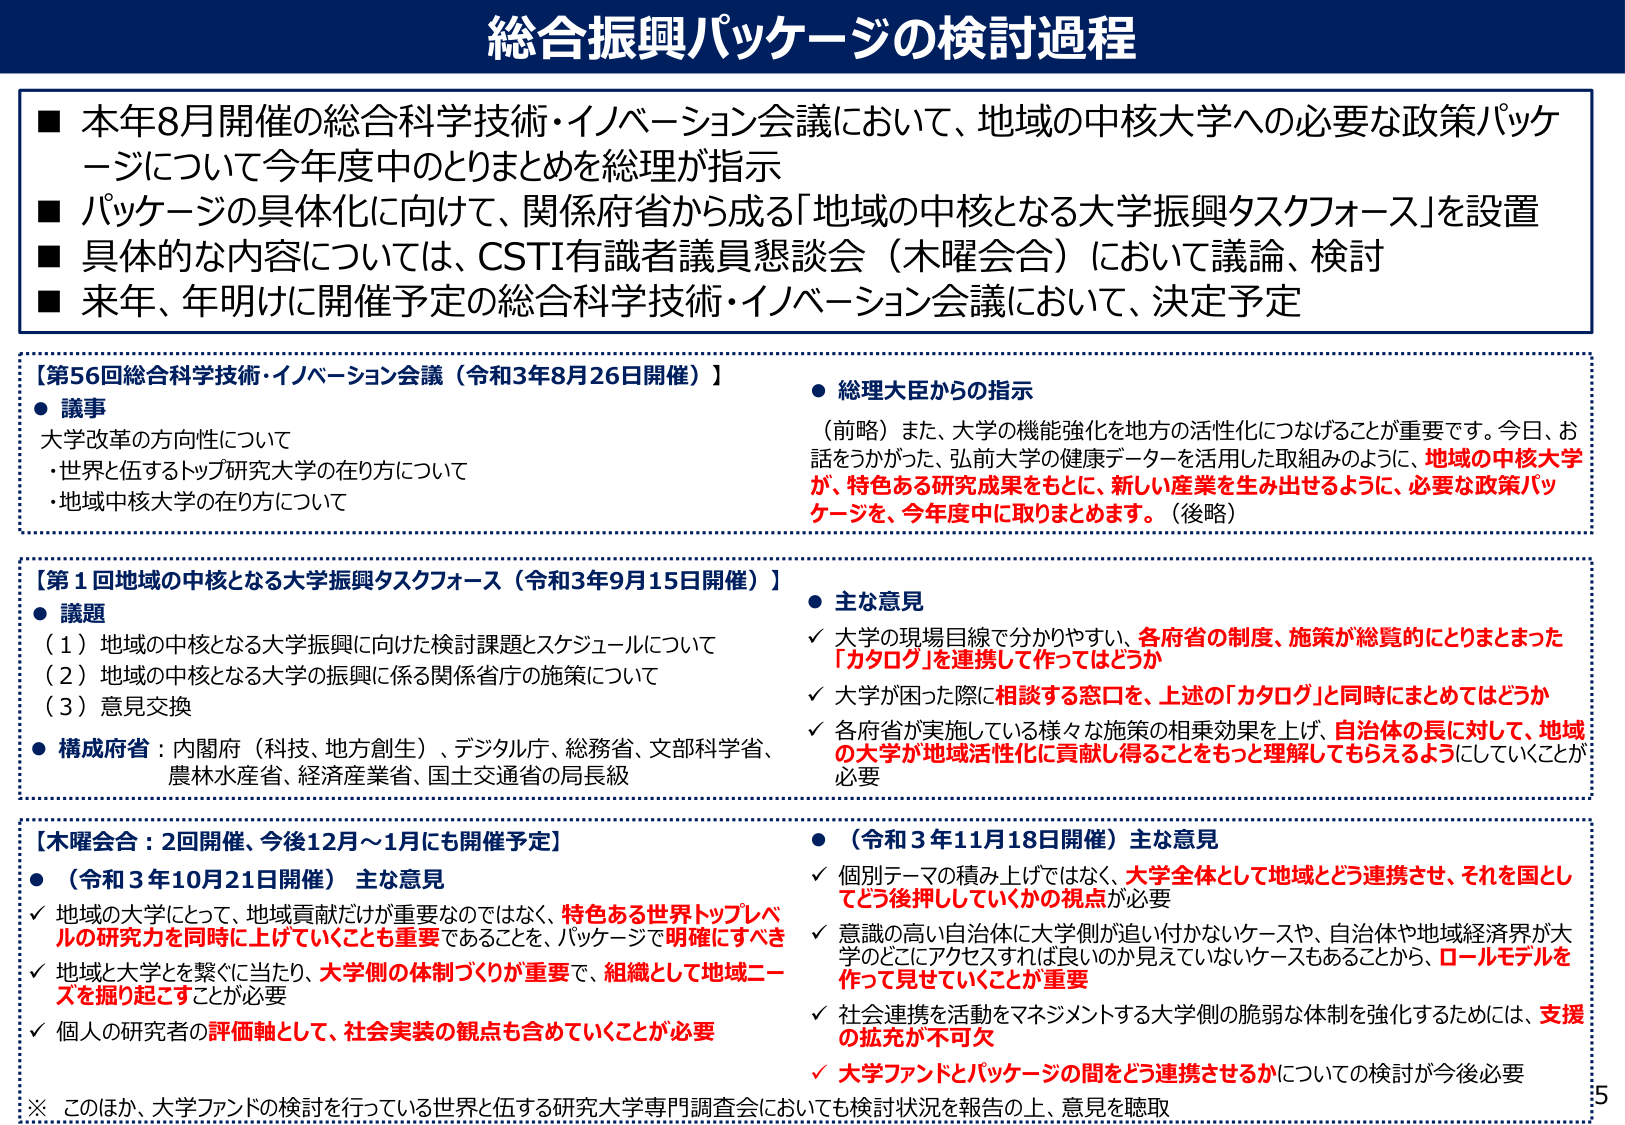
総合振興パッケージの検討過程

■ 本年8月開催の総合科学技術・イノベーション会議において、地域の中核大学への必要な政策パッケージについて今年度中のとりまとめを総理が指示
■ パッケージの具体化に向けて、関係府省から成る「地域の中核となる大学振興タスクフォース」を設置
■ 具体的な内容については、CSTI有識者議員懇談会（木曜会合）において議論、検討
■ 来年、年明けに開催予定の総合科学技術・イノベーション会議において、決定予定

【第56回総合科学技術・イノベーション会議（令和3年8月26日開催）】
● 議事
　大学改革の方向性について
　・世界と伍するトップ研究大学の在り方について
　・地域中核大学の在り方について

● 総理大臣からの指示
　（前略）また、大学の機能強化を地方の活性化につなげることが重要です。今日、お話をうかがった、弘前大学の健康データを活用した取組みのように、地域の中核大学が、特色ある研究成果をもとに、新しい産業を生み出せるように、必要な政策パッケージを、今年度中に取りまとめます。（後略）

【第1回地域の中核となる大学振興タスクフォース（令和3年9月15日開催）】
● 議題
　（1）地域の中核となる大学振興に向けた検討課題とスケジュールについて
　（2）地域の中核となる大学の振興に係る関係省庁の施策について
　（3）意見交換
● 構成府省：内閣府（科技、地方創生）、デジタル庁、総務省、文部科学省、農林水産省、経済産業省、国土交通省の局長級

● 主な意見
　✓ 大学の現場目線で分かりやすい、各府省の制度、施策が総覧的にとりまとめた「カタログ」を連携して作ってはどうか
　✓ 大学が困った際に相談する窓口を、上述の「カタログ」と同時にまとめてはどうか
　✓ 各府省が実施している様々な施策の相乗効果を上げ、自治体の長に対して、地域の大学が地域活性化に貢献し得ることをもっと理解してもらえるようにしていくことが必要

【木曜会合：2回開催、今後12月～1月にも開催予定】
● （令和3年10月21日開催）主な意見
　✓ 地域の大学にとって、地域貢献だけが重要なのではなく、特色ある世界トップレベルの研究力を同時に上げていくことも重要であることを、パッケージで明確にすべき
　✓ 地域と大学を繋ぐに当たり、大学側の体制づくりが重要で、組織として地域ニーズを掘り起こすことが必要
　✓ 個人の研究者の評価軸として、社会実装の観点も含めていくことが必要

● （令和3年11月18日開催）主な意見
　✓ 個別テーマの積み上げではなく、大学全体として地域とどう連携させ、それを国としてどう後押ししていくかの視点が必要
　✓ 意思の高い自治体に大学側が追い付かないケースや、自治体や地域経済界が大学のどこにアクセスすれば良いのか見えていないケースもあることから、ロールモデルを作って見せていくことが重要
　✓ 社会連携を活動をマネジメントする大学側の脆弱な体制を強化するためには、支援の拡充が不可欠
　✓ 大学ファンドとパッケージの間をどう連携させるかについての検討が今後必要

※ このほか、大学ファンドの検討を行っている世界と伍する研究大学専門調査会においても検討状況を報告の上、意見を聴取

5